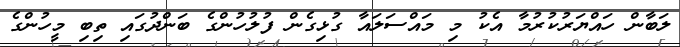
ލަބާން ހައްޔަރުކުރުމާ އެކު މި މައްސަލައާ ގުޅިގެން ފުލުހުންގެ ބަންދުގައި ތިބި މީހުންގެ